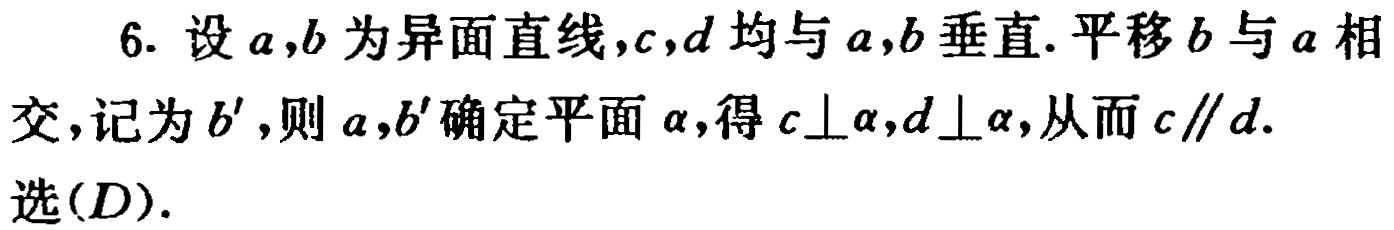
6. 设\(a,b\)为异面直线，\(c,d\)均与\(a,b\)垂直. 平移\(b\)与\(a\)相交，记为\(b'\)，则\(a,b'\)确定平面\(\alpha\)，得\(c\perp\alpha,d\perp\alpha\)，从而\(c\parallel d\).

选\((D)\).